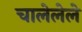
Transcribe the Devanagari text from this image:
चालेलेले